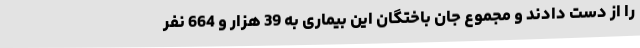
را از دست دادند و مجموع جان باختگان این بیماری به 39 هزار و 664 نفر